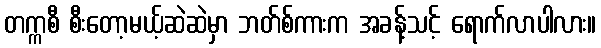
တက္ကစီ စီးတော့မယ့်ဆဲဆဲမှာ ဘတ်စ်ကားက အခန့်သင့် ရောက်လာပါလား။